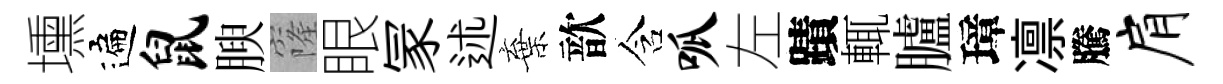
壎遍鼠腴窿眼冡述棄歆含呱左蹟輒臚璋凛騰肩